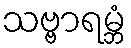
သဗ္ဗာရမ္ဘံ